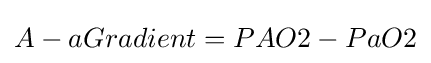
A-aGradient=PAO2-PaO2